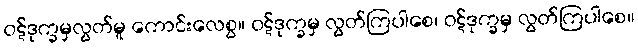
ဝဋ်ဒုက္ခမှလွတ်မူ ကောင်းလေစွ။ ဝဋ်ဒုက္ခမှ လွတ်ကြပါစေ၊ ဝဋ်ဒုက္ခမှ လွတ်ကြပါစေ။